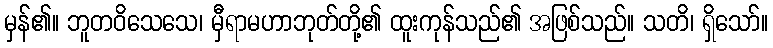
မှန်၏။ ဘူတဝိသေသေ၊ မှီရာမဟာဘုတ်တို့၏ ထူးကုန်သည်၏ အဖြစ်သည်။ သတိ၊ ရှိသော်။